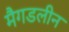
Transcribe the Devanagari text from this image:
मैगडलीन